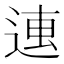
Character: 𰺿